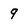
Character: 9